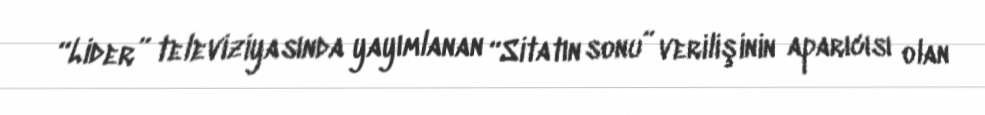
“Lider” televiziyasında yayımlanan “Sitatın sonu” verilişinin aparıcısı olan